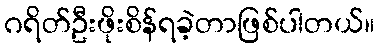
ဂရိတ်ဦးဖိုးစိန်ရခဲ့တာဖြစ်ပါတယ်။